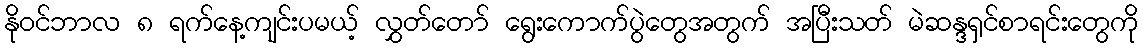
နိုဝင်ဘာလ ၈ ရက်နေ့ကျင်းပမယ့် လွှတ်တော် ရွေးကောက်ပွဲတွေအတွက် အပြီးသတ် မဲဆန္ဒရှင်စာရင်းတွေကို